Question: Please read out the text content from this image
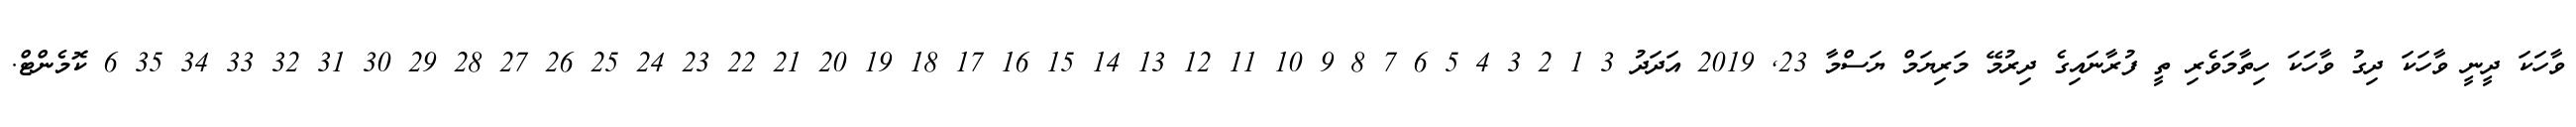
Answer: ވާހަކަ ދީނީ ވާހަކަ ދިގު ވާހަކަ ހިތާމަވެރި ތީ ފުރާނައިގެ ދިރުމޭ މަރިޔަމް ޔަސްމާ 23, 2019 އަދަދު 3 1 2 3 4 5 6 7 8 9 10 11 12 13 14 15 16 17 18 19 20 21 22 23 24 25 26 27 28 29 30 31 32 33 34 35 6 ކޮމެންޓް.